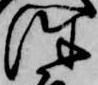
往